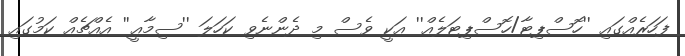
ފަހަރެއްގައި ''ހޮސްޕިޓާ/ހޮސްޕިޓަލެއް'' އަކީ ވެސް މި ދެންނެވި ކަހަލަ ''ސިމާޢީ'' އެއްޗެއް ކަމުގައި